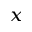
_ x